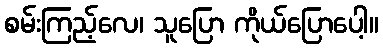
စမ်းကြည့်လေ၊ သူပြော ကိုယ်ပြောပေါ့။